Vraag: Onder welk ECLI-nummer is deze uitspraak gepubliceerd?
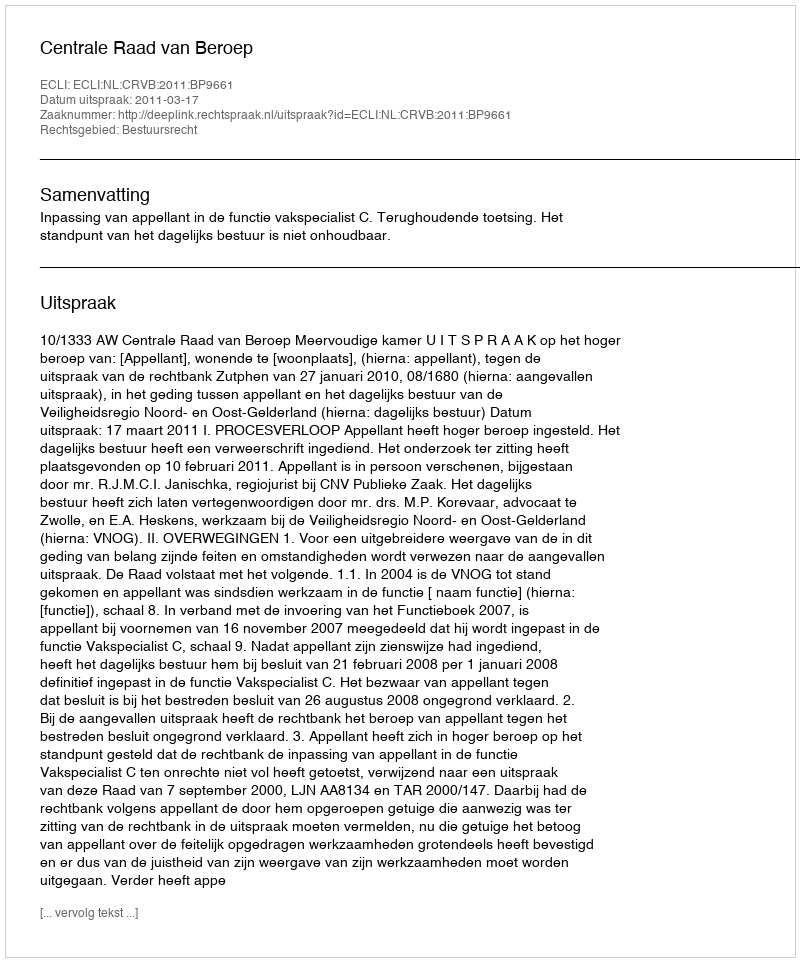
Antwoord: ECLI:NL:CRVB:2011:BP9661